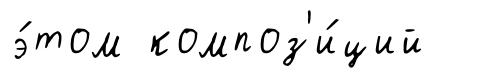
э́том композ'и́ций